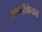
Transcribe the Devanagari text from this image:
उरूलीकंचन